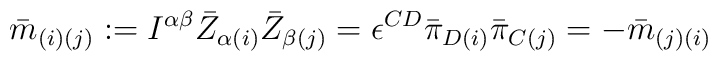
{\bar m}_{(i)(j)}:=I^{\alpha \beta}{\bar  Z}_{\alpha (i)} {\bar  Z}_{\beta (j)}=\epsilon^{CD}{\bar \pi}_{D (i)}{\bar \pi}_{C (j)}=-{\bar m}_{(j)(i)}